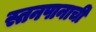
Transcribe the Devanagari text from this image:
स्तनपानाची